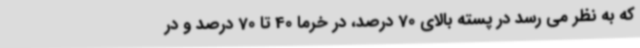
که به نظر می رسد در پسته بالای 70 درصد، در خرما 40 تا 70 درصد و در